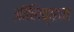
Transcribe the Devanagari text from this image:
ऑलिव्हचा